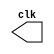
//-----------------------------------------
// Exercicio 04 - Guia 08
// Nome: Alvaro Henrique de Araujo Rungue
//-----------------------------------------

//-------------------------------
//-- CLOCK
//-------------------------------

module clock ( clk );
	output clk;
	reg clk;
	initial begin
	   clk = 1'b0;
	end
	
	always begin
	   #12 clk = ~clk;
	end
endmodule //-- clock ( )

//---------------------------
//-- FLIP FLOP D
//---------------------------
module FlipFlopD(q,qnot,data,clk);
	output q;
	output qnot;
	input data;
	input clk;
	
	reg q,qnot;
	
	initial begin
		q = 1'b0;
		qnot = 1'b1;
	end
	always @ (posedge clk)
		begin
		q <= data;	qnot <= ~q;
		end
			
endmodule //--FlipFlopD

//-------------------------------------------------------------
//--  Registrador de deslocamento circular em anel torcido
//-------------------------------------------------------------
module rotateLeftRegister (output [3:0]s, input d, input clk);

wire nots;	
	
	or OR1 (d0, d, s[3]);
	
	FlipFlopD FF0 (s[0], nots, d0, clk);
	FlipFlopD FF1 (s[1], nots, s[0], clk);
	FlipFlopD FF2 (s[2], nots, s[1], clk);
	FlipFlopD FF3 (s[3], nots, s[2], clk);
	
	
endmodule//---- rotateLeftRegister

//-- -------------------------
//-- -- Teste
//-- -------------------------

module teste;

wire [3:0] saida;
reg d;
wire clock; 
clock clk ( clock ); 

rotateLeftRegister RLF1 (saida, d, clock);
	
	initial begin
		$display("Exercicio 04 - Alvaro Henrique de Araujo Rungue - 395487");
		$display("D CLOCK SAIDA");
		d = 1;
		$monitor("%1b    %1b    %4b", d, clock, saida);
		#23 d = 0;
		#240 $finish;
	end

endmodule //--teste